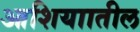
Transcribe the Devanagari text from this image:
आशियाातील